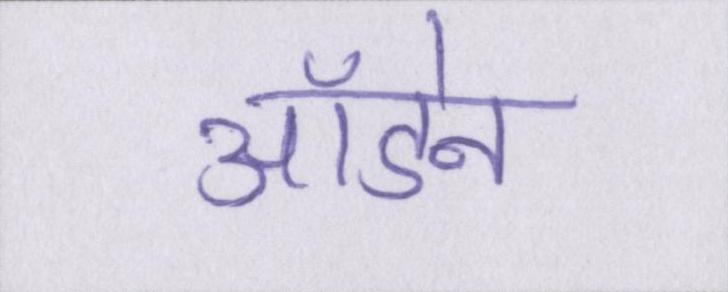
ऑडेन